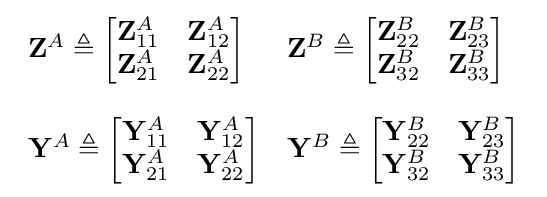
{\begin{array}{ll}\mathbf {Z} ^{A}\triangleq {\begin{bmatrix}\mathbf {Z} _{11}^{A}&\mathbf {Z} _{12}^{A}\\\mathbf {Z} _{21}^{A}&\mathbf {Z} _{22}^{A}\\\end{bmatrix}}&\mathbf {Z} ^{B}\triangleq {\begin{bmatrix}\mathbf {Z} _{22}^{B}&\mathbf {Z} _{23}^{B}\\\mathbf {Z} _{32}^{B}&\mathbf {Z} _{33}^{B}\\\end{bmatrix}}\\[18pt]\mathbf {Y} ^{A}\triangleq {\begin{bmatrix}\mathbf {Y} _{11}^{A}&\mathbf {Y} _{12}^{A}\\\mathbf {Y} _{21}^{A}&\mathbf {Y} _{22}^{A}\\\end{bmatrix}}&\mathbf {Y} ^{B}\triangleq {\begin{bmatrix}\mathbf {Y} _{22}^{B}&\mathbf {Y} _{23}^{B}\\\mathbf {Y} _{32}^{B}&\mathbf {Y} _{33}^{B}\\\end{bmatrix}}\end{array}}